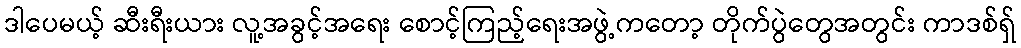
ဒါပေမယ့် ဆီးရီးယား လူ့အခွင့်အရေး စောင့်ကြည့်ရေးအဖွဲ့ကတော့ တိုက်ပွဲတွေအတွင်း ကာဒစ်ရှ်